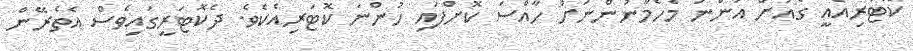
ކޮޓަރިއެއީ ގެއަށް އަންނަ މެހެމާނުންނަށް ހާއްސަ ކޮށްފައި ހުންނަ ކޮޓަރިއެކެވެ. ދެކޮޓަރީގައިވެސް އެތެރޭން